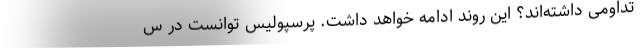
تداومی داشته‌اند؟ این روند ادامه خواهد داشت. پرسپولیس توانست در س